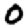
Digit: 0